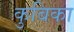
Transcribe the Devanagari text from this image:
कुबिका